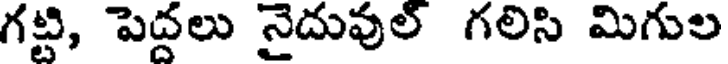
గట్టి, పెద్దలు నైదువుల్ గలిసి మిగుల